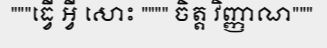
"""ធ្វើ អ្វី សោះ """" ចិត្ត វិញ្ញាណ"""